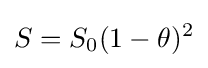
S=S_{0}(1-\theta )^{2}